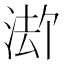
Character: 𪶏